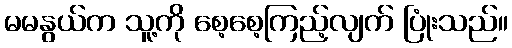
မမနွယ်က သူ့ကို စေ့စေ့ကြည့်လျက် ပြုံးသည်။